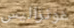
غونزاليس